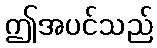
ဤအပင်သည်